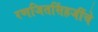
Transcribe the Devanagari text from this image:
रणजितसिंहजींचे